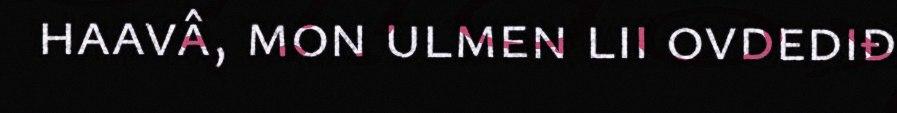
haavâ, mon ulmen lii ovdediđ